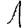
Digit: 1